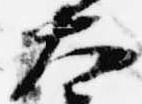
大